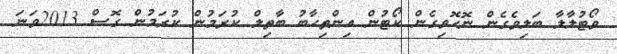
ވޯޓުލާލާ ބަލިވެގެން ނޮހޮވިގެން ކޯޓުން އިންތިހާބު ބާތިލް ކުރަމުން ކުރަމުން ގޮސް 2013ވަނަ